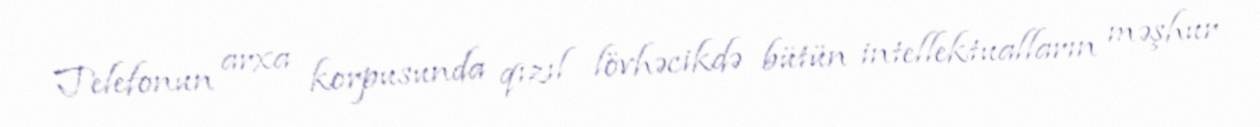
Telefonun arxa korpusunda qızıl lövhəcikdə bütün intellektualların məşhur